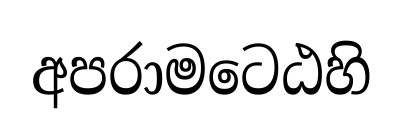
අපරාමටෙඨහි